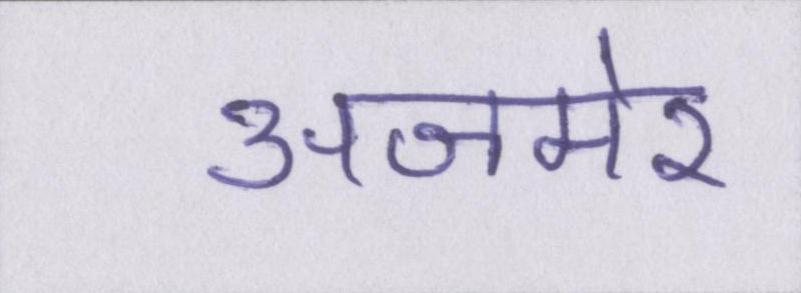
अजमेर